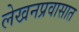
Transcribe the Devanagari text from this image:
लेखनप्रवासात